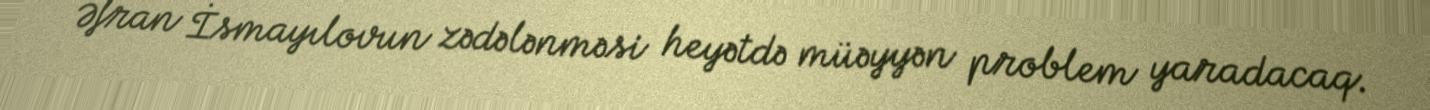
Əfran İsmayılovun zədələnməsi heyətdə müəyyən problem yaradacaq.